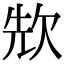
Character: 㰫